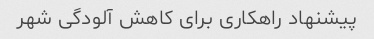
پیشنهاد راهکاری برای کاهش آلودگی شهر